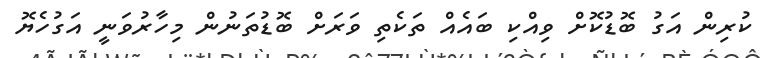
ކުރިން އަގު ބޮޑުކޮށް ވިއްކި ބައެއް ތަކެތި ވަރަށް ބޮޑުތަނުން މިހާރުވަނީ އަގުހެޔޮ